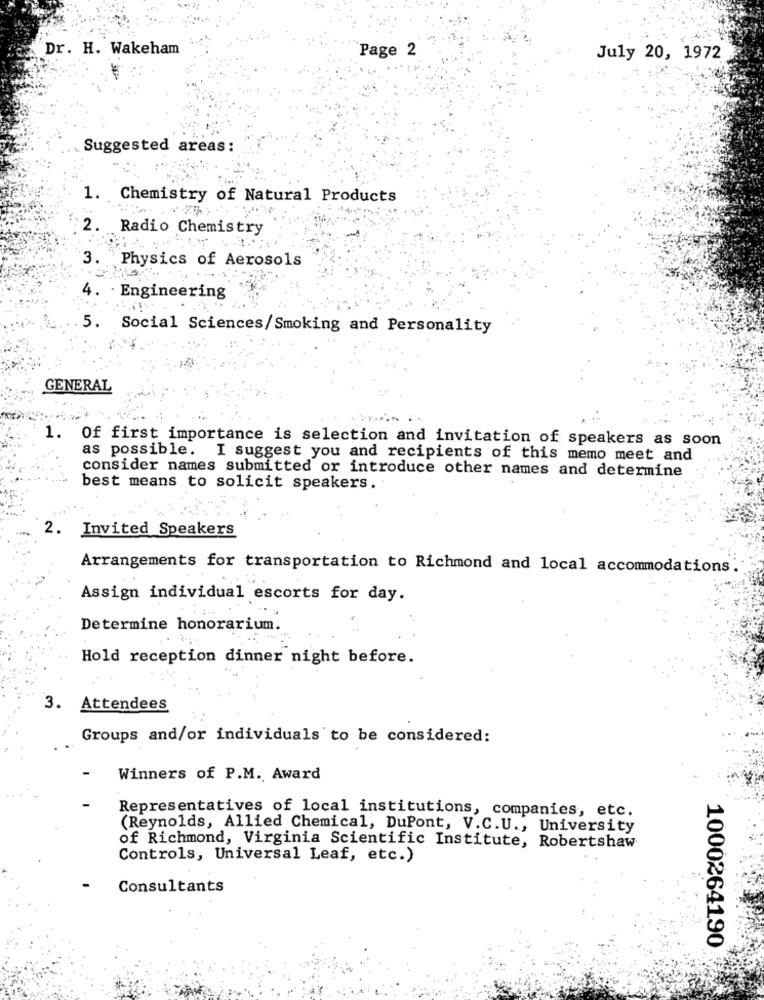
Dr. H. Wakeham
Page 2
July 20, 1972
Suggested areas:
1.
Chemistry of Natural Products
2.
Radio Chemistry
3.
Physics of Aerosols
4.
Engineering
5. Social Sciences/Smoking and Personality
GENERAL
1. Of first importance is selection and invitation of speakers as soon
as possible. I suggest you and recipients of this memo meet and
consider names submitted or introduce other names and determine
best means to solicit speakers.
2. Invited Speakers
Arrangements for transportation to Richmond and local accommodations
Assign individual escorts for day.
Determine honorarium.
Hold reception dinner night before.
3. Attendees
Groups and/or individuals to be considered:
Winners of P.M. Award
Representatives of local institutions, companies, etc.
(Reynolds, Allied Chemical, DuPont, V.C.U ., University
of Richmond, Virginia Scientific Institute, Robertshaw
Controls, Universal Leaf, etc.)
Consultants
1000264190